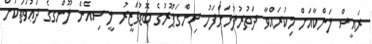
ރައީސް ލަންކާއަށް މިކުރައްވާ ދަތުރުފުޅަށްފަހު ސިންގަޕޫރުގެ ބޮޑުވަޒީރު ލީ ސިއެން ލޫންގގެ ދަޢުވަތަކަށް